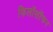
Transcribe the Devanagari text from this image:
फिलॉसॉफर